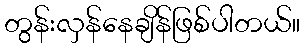
တွန်းလှန်နေချိန်ဖြစ်ပါတယ်။